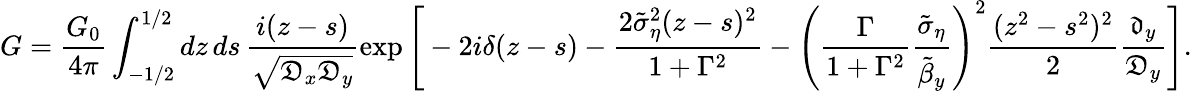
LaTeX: G=\frac{G_{0}}{4\pi}\int_{-1/2}^{1/2}dz\, ds\, \frac{i(z-s)}{\sqrt{\mathfrak{D}_{x}\mathfrak{D}_{y}}}\exp\Bigg[-2i\delta(z-s)-\frac{2\tilde{\sigma}_{\eta}^{2}(z-s)^{2}}{1+\Gamma^{2}}-\left(\frac{\Gamma}{1+\Gamma^{2}}\frac{\tilde{\sigma}_{\eta}}{\tilde{\beta}_{y}}\right)^{2}\frac{(z^{2}-s^{2})^{2}}{2}\frac{\mathfrak{d}_{y}}{\mathfrak{D}_{y}}\Bigg].